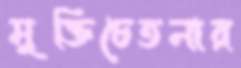
মুক্তিচেতনার